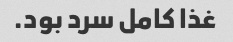
غذا کامل سرد بود.